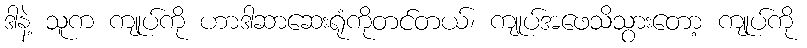
ဒါနဲ့ သူက ကျုပ်ကို ဟာဒါဆာဆေးရုံကိုတင်တယ်၊ ကျုပ်အဖေသိသွားတော့ ကျုပ်ကို